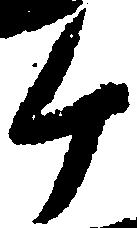
ヶ